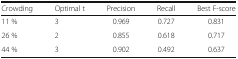
<table><thead><tr><td><b>Crowding</b></td><td><b>Optimal t</b></td><td><b>Precision</b></td><td><b>Recall</b></td><td><b>Best F-score</b></td></tr></thead><tbody><tr><td>11 %</td><td>3</td><td>0.969</td><td>0.727</td><td>0.831</td></tr><tr><td>26 %</td><td>2</td><td>0.855</td><td>0.618</td><td>0.717</td></tr><tr><td>44 %</td><td>3</td><td>0.902</td><td>0.492</td><td>0.637</td></tr></tbody></table>